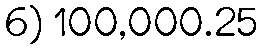
6) 100,000.25